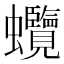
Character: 𧖐